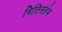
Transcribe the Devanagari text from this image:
भित्तिस्तंभ